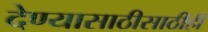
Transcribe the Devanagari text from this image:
देण्यासाठीसाठीही